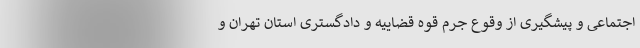
اجتماعی و پیشگیری از وقوع جرم قوه قضاییه و دادگستری استان تهران و